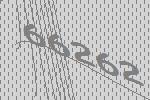
66262